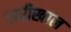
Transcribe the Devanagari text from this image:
रारीखाल